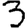
Digit: 3